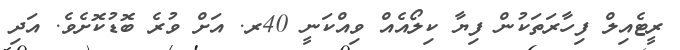
ރީޓެއިލް ފިހާރަތަކުން ފިޔާ ކިލޯއެއް ވިއްކަނީ 40ރ. އަށް ވުރެ ބޮޑުކޮށެވެ. އަދި